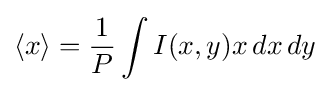
\langle x\rangle ={\frac {1}{P}}\int I(x,y)x\,dx\,dy